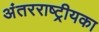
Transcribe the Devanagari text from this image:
अंतरराष्ट्रीयका